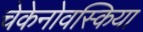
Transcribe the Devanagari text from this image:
चेकेनोवस्किया